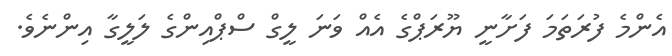
އެންމެ ފުރަތަމަ ފަށާނީ ޔޫރަޕްގެ އެއް ވަނަ ލީގް ސްޕްއިންގެ ލަލީގާ އިންނެވެ.